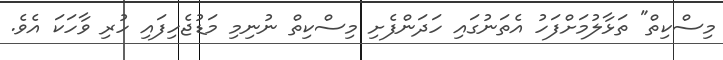
މިސްކިތް" ތަޅާލުމަށްފަހު އެތަނުގައި ހަދަންފެށި މިސްކިތް ނުނިމި މަޑުޖެހިފައި ހުރި ވާހަކަ އެވެ.